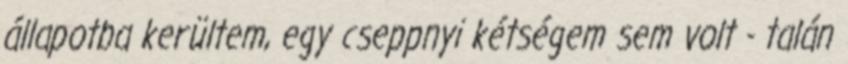
állapotba kerültem, egy cseppnyi kétségem sem volt - talán